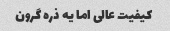
کیفیت عالی اما یه ذره گرون